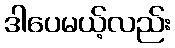
ဒါပေမယ့်လည်း